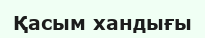
Қасым хандығы